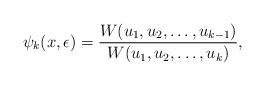
LaTeX: \begin{align*}\psi_k (x,\epsilon)=\frac{W(u_1,u_2,\dots , u_{k-1})}{W(u_1,u_2,\dots , u_{k})},\end{align*}